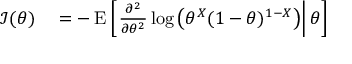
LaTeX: \begin{array} { r l } { { \mathcal { I } } ( \theta ) } & { { } = - \operatorname { E } \left[ \left. { \frac { \partial ^ { 2 } } { \partial \theta ^ { 2 } } } \log \left( \theta ^ { X } ( 1 - \theta ) ^ { 1 - X } \right) \right| \theta \right] } \end{array}